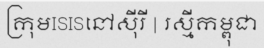
ក្រុមISISនៅស៊ីរី | រស្មីកម្ពុជា